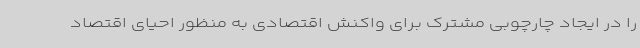
را در ایجاد چارچوبی مشترک برای واکنش اقتصادی به منظور احیای اقتصاد